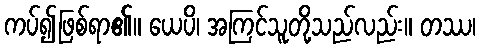
ကပ်၍ဖြစ်ရာ၏။ ယေပိ၊ အကြင်သူတို့သည်လည်း။ တဿ၊